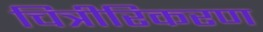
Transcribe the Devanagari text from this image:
चित्रीरिकरण